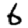
Digit: 6